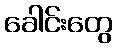
ခေါင်းတွေ